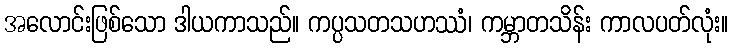
အလောင်းဖြစ်သော ဒါယကာသည်။ ကပ္ပသတသဟဿံ၊ ကမ္ဘာတသိန်း ကာလပတ်လုံး။